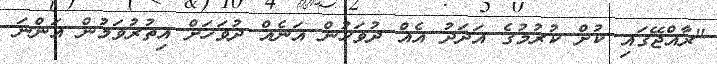
"ރާއްޖޭގައި ކުށް ކުރުމުގެ އަދަދު އެއް ދުވަހުން އަނެއް ދުވަހަށް އިތުރުވަމުން އަންނަ